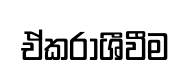
ඒකරාශීවීම